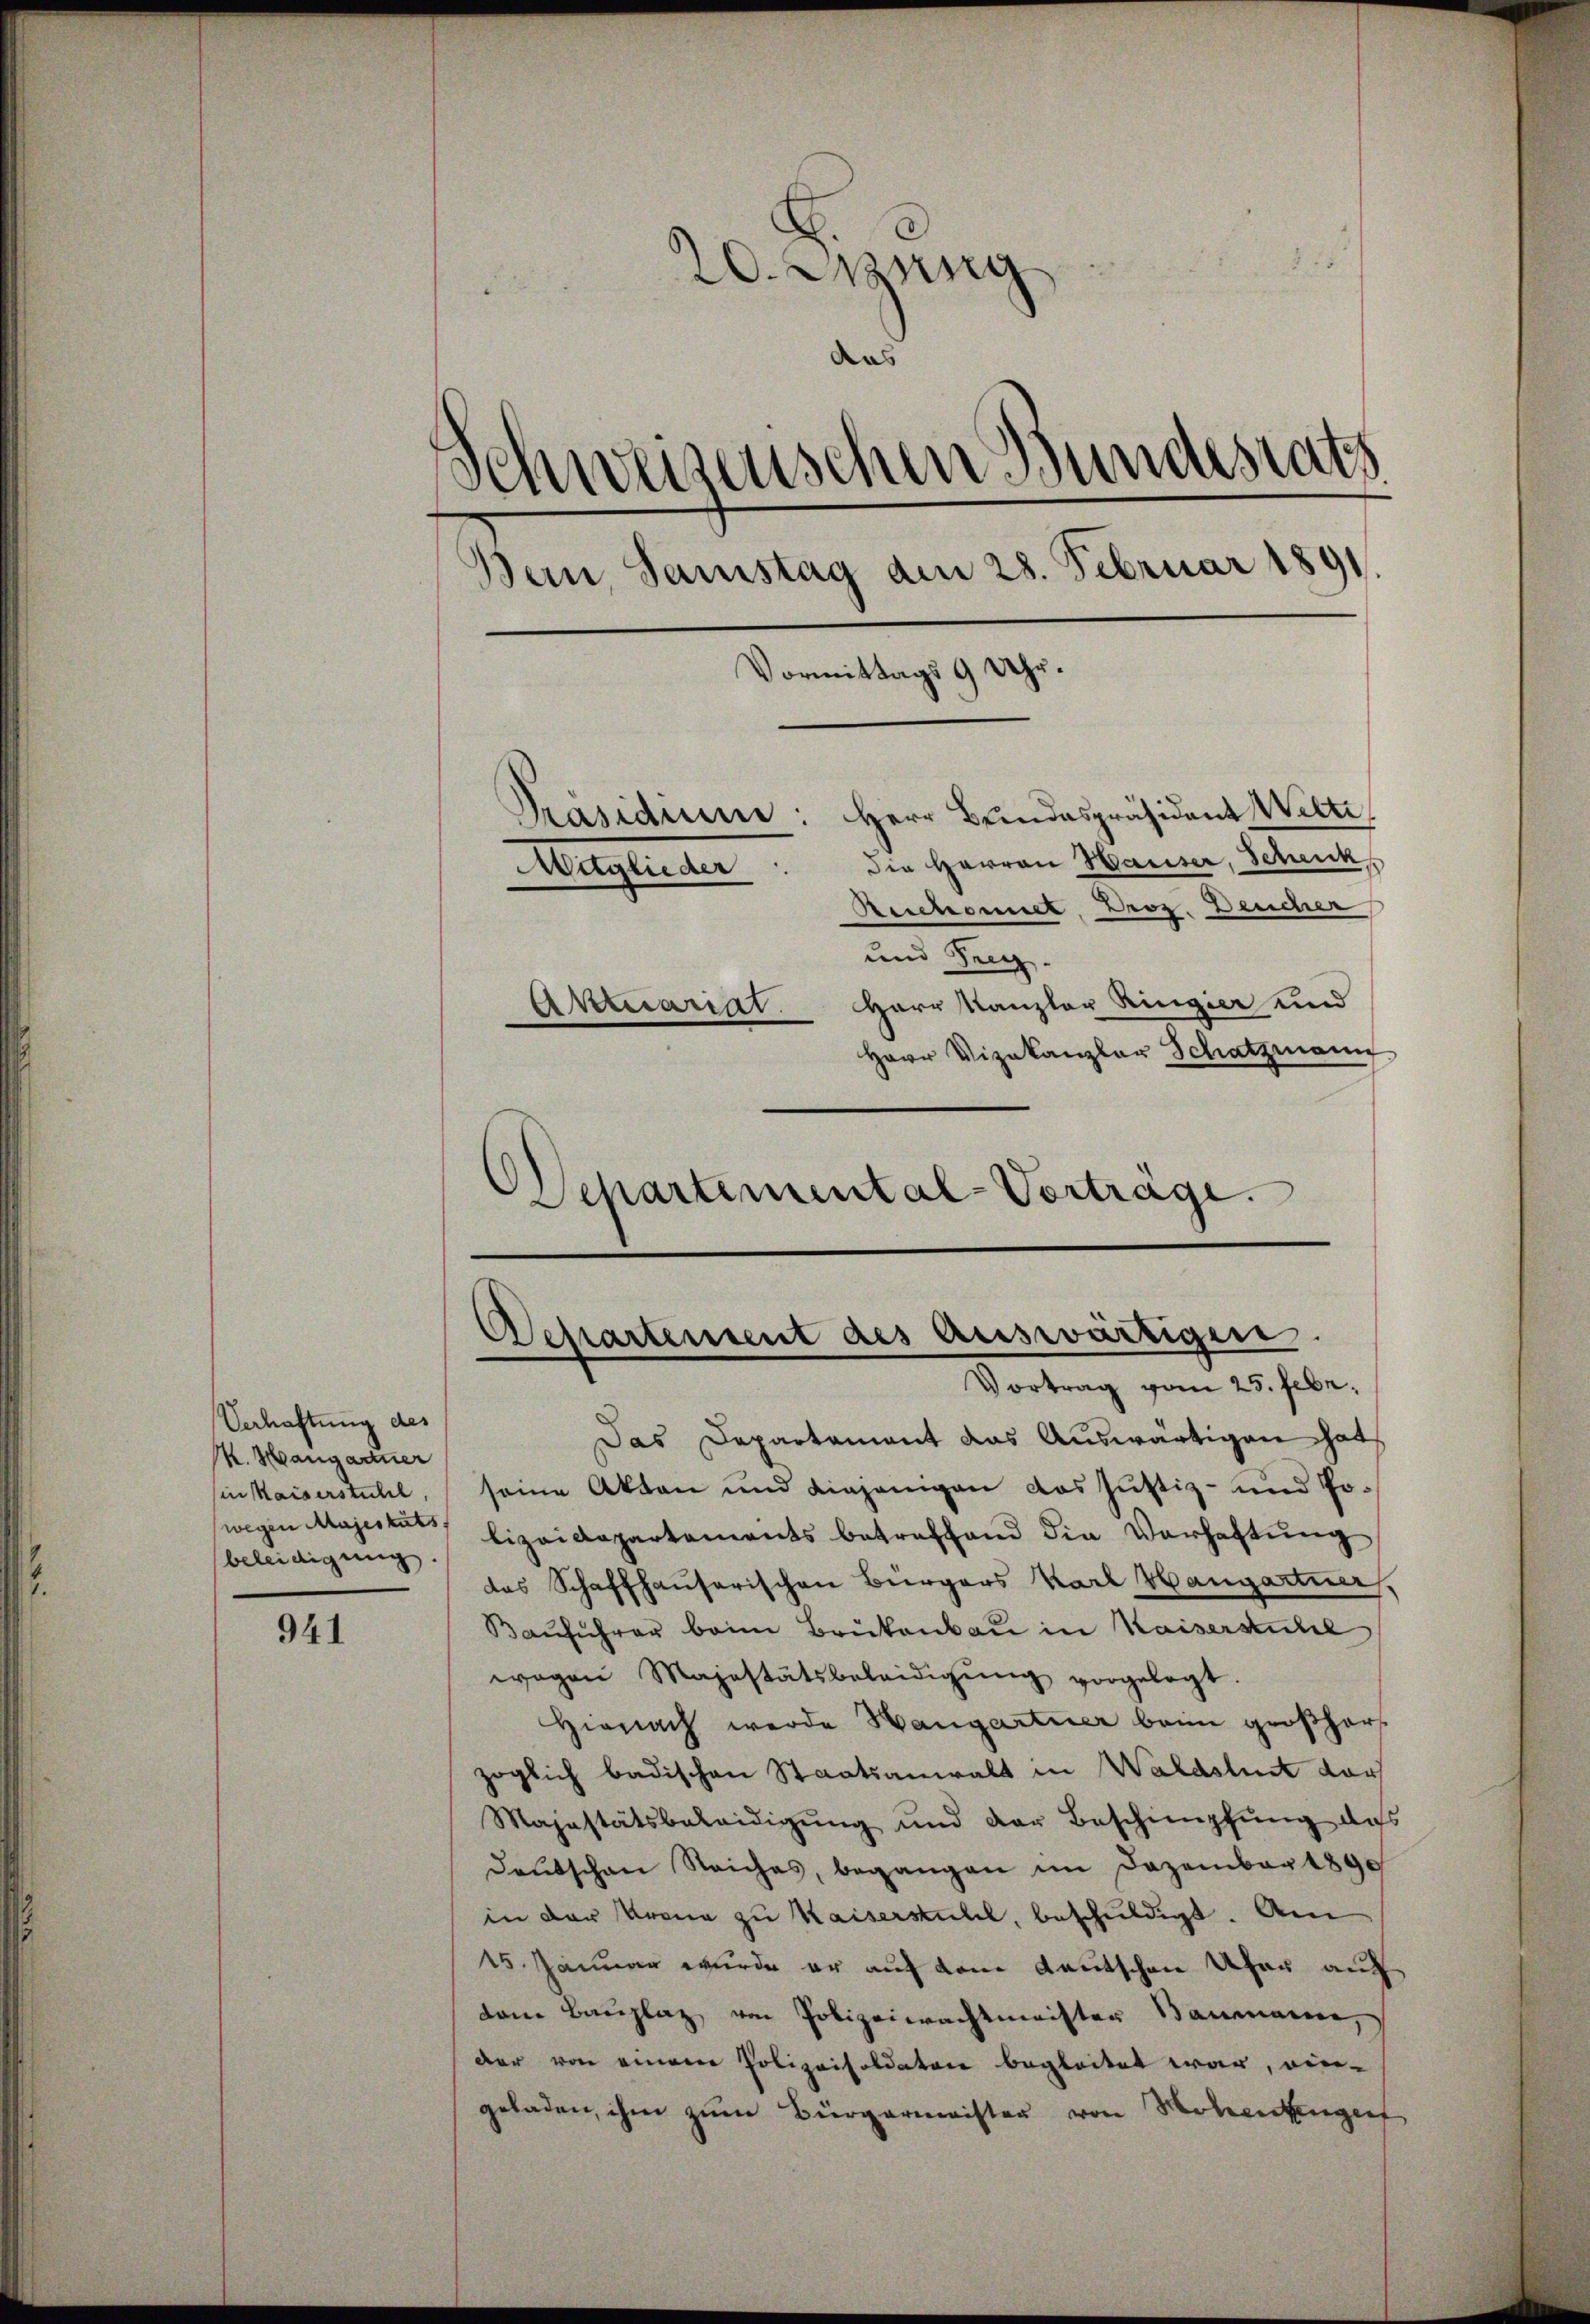
Verhaftung des
M. Hangartner
(in Kaiserstuhl,
wegen Majestäts
beleidigung.

941

20. Mang
das
d
Einweisenschen Bundesrats
Bern, Samstag am 28. Februar 1891.
Vormittags 9 Uhr.
Präsidium: Herr Bundespräsident Welti
die Herren Hauser, Scheicks
Meglichen
Reichenet, Droz. Deucher
und Seeg
Herr Kanzler Ringier und
Aktuarist
Herr Vizekanzler Schatzmann

.
Departemental-Vorträge.

Departement des Auswärtigen.
Vortrag vom 25. Febr.

Das Departament das Auswärtigen hat
seine Akten und diejenigen das Justiz- und Polizeidepartements betreffend die Verhaltŭng
das Schaffhauserischen Bürgers Karl Hangartner,
Bauführer beim Brükenbau in Kaiserstiche
wagen Majestätsbeleidigŭng vorgelegt.
Hienach werde Hangartner beim großhar
zöglich badischen Staatsanwalt in Waldshut darf
Majestätsbeleidigŭng und der Beschimpfŭng das
deŭtschen Reiches, begangen im Dezember 1890
in der Krona zu Kaiserstuhl, beschuldigt. Am
15. Januar wurde er auf dem deutschen Ufer auf
dem Bauplaz, von Polizeiwachtmeister Baumanne,
der von einem Polizeisoldaten begleitet war, ein-
geladen, ihm zum Bürgermeister von Hohentengert